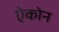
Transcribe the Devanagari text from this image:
ऐकोन